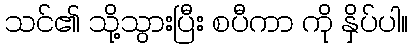
သင်၏ သို့သွားပြီး စပီကာ ကို နှိပ်ပါ။